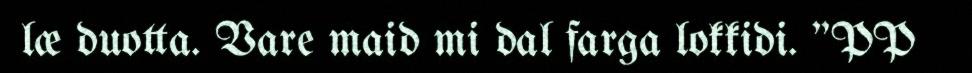
læ duotta. Vare maid mi dal farga lokkidi. "PP